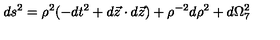
d s ^ { 2 } = \rho ^ { 2 } ( - d t ^ { 2 } + d \vec { z } \cdot d \vec { z } ) + \rho ^ { - 2 } d \rho ^ { 2 } + d \Omega _ { 7 } ^ { 2 }